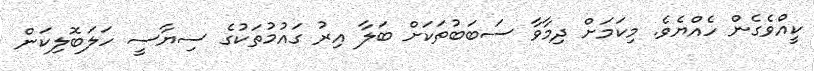
ކީއްވެގެން ހެއްޔެވެ. މިކަމަށް ދިމާވާ ސަބަބުތަކަށް ބަލާ އިރު ގައުމުތަކުގެ ސިޔާސީ ހަލަބޮލިކަން